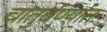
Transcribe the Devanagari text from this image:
चातुर्वर्ण्यात